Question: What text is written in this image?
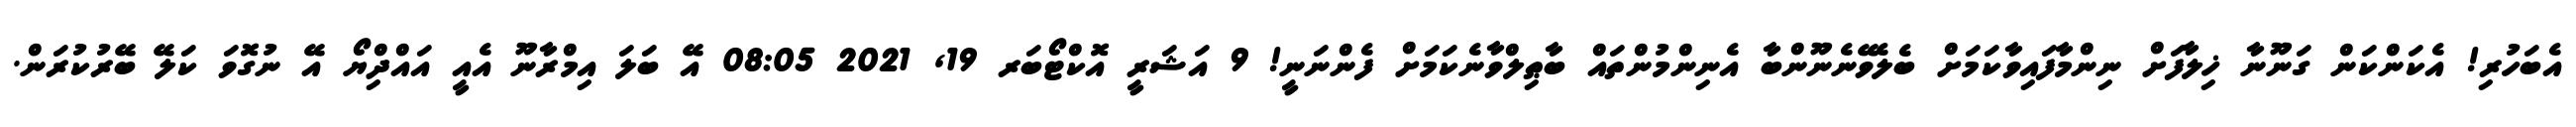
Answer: އެބަހުރި! އެކަންކަން ގަނޫނާ ޚިލާފަށް ނިންމާފައިވާކަމަށް ބެލެވޭނެނޫންބާ އެނިންމުންތައް ބާޠިލްވާނެކަމަށް ފެންނަނީ! 9 އަޝަރީ އޮކްޓޯބަރ 19, 2021 08:05 އޭ ބަލަ އިމްރާނޫ އެއީ އައްދިްޔޯ އޭ ނުގޮވަ ކަލޭ ބޭރުކުރަން.